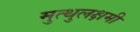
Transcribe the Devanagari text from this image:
मुत्थुलक्षमी